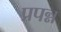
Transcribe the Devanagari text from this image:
प्रपन्न